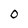
Character: o